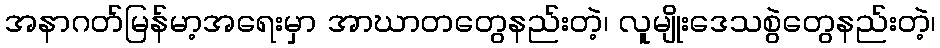
အနာဂတ်မြန်မာ့အရေးမှာ အာဃာတတွေနည်းတဲ့၊ လူမျိုးဒေသစွဲတွေနည်းတဲ့၊